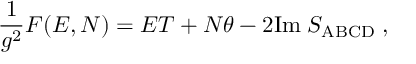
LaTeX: \frac { 1 } { g ^ { 2 } } F ( E , N ) = E T + N \theta - 2 \mathrm { I m } \; S _ { \mathrm { A B C D } } \; ,